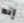
إنه